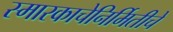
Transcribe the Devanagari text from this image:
स्मारकाचेनिर्मितीचे